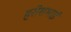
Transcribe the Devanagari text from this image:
हरीशभाई